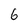
Character: 6